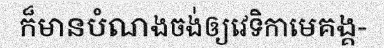
ក៏មានបំណងចង់ឲ្យវេទិកាមេគង្គ-